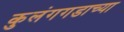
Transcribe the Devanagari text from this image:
कुलंगगडाच्या